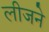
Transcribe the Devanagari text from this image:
लीजने